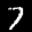
Label: 7